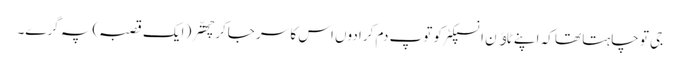
جی تو چاہتا تھا کہ اپنے ٹاﺅن انسپکٹر کو توپ دم کرا دوں اس کا سر جاکر چھتّر( ایک قصبہ) پہ گرے۔